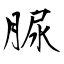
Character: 脲